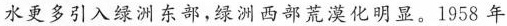
水更多引入绿洲东部，绿洲西部荒漠化明显。1958 年